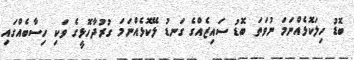
ބޮޑު ހިލަކޮޅެއްނަމަ ނުވަތަ ބޮޑު ސައިޒެއްގެ ގަނޑު ލޭކޮޅެއްނަމަ ގުރުދާހޮޅީގެ ވަކި ހިސާބެއްގައި